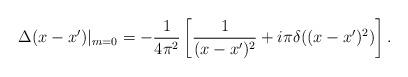
LaTeX: \begin{align*}\Delta(x-x')|_{m=0}=-\frac{1}{4\pi^2}\left[ \frac{1}{(x-x')^2}+i\pi \delta((x-x')^2) \right] .\end{align*}